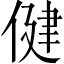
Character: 健